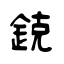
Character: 鋴